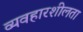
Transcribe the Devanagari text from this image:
व्यवहारशीलता